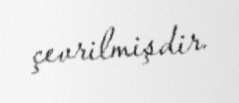
çevrilmişdir.